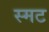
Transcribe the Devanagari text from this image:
स्मट